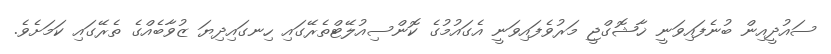
ސައުދީއިން ބުނެފައިވަނީ ޚާޝޮގްޖީ މަރުވެފައިވަނީ އެގައުމުގެ ކޮންސިއުލޭޓްތެރޭގައި ހިނގައިދިޔަ ޒުވާބެއްގެ ތެރޭގައި ކަމަށެވެ.